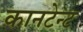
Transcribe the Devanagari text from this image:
कानटेन्‍ट